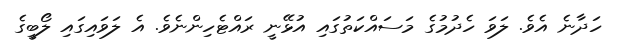
ހަދާނެ އެވެ. ލަވަ ހެދުމުގެ މަސައްކަތުގައި އުޅޭނީ ރައްޓެހިންނެވެ. އެ ލަވައިގައި ލޯބީގެ